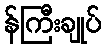
န်ကြီးချုပ်